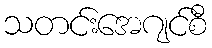
သတင်းအေဂျင်စီ